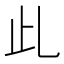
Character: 𣥃